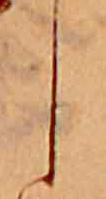
し